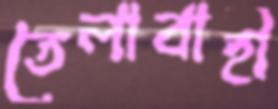
তেলাবাহী